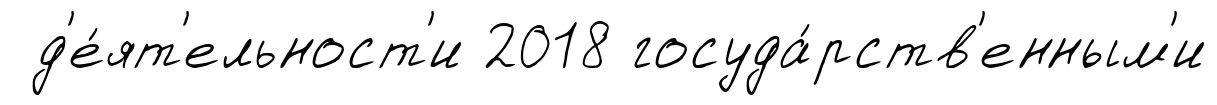
д'е́ят'ельност'и 2018 госуда́рств'енным'и